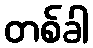
တစ်ခါ